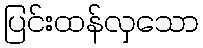
ပြင်းထန်လှသော